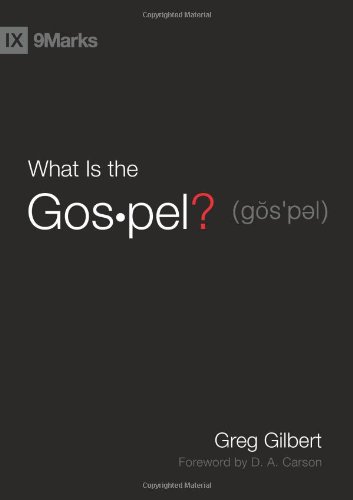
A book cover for What Is the Gospel? (9Marks); Greg Gilbert; Christian Books & Bibles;